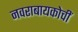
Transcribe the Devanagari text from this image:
नवराबायकोचीं